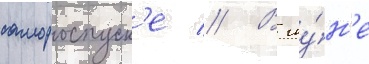
самороспуск'е // В иу́н'е